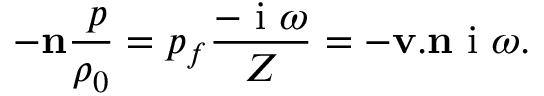
- \mathbf { n } \frac { \mathbf { \nabla } p } { \rho _ { 0 } } = p _ { f } \frac { - \textrm { i } \omega } { Z } = - \mathbf { v } . \mathbf { n } \textrm { i } \omega .